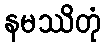
နမဿိတုံ